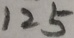
1 2 5